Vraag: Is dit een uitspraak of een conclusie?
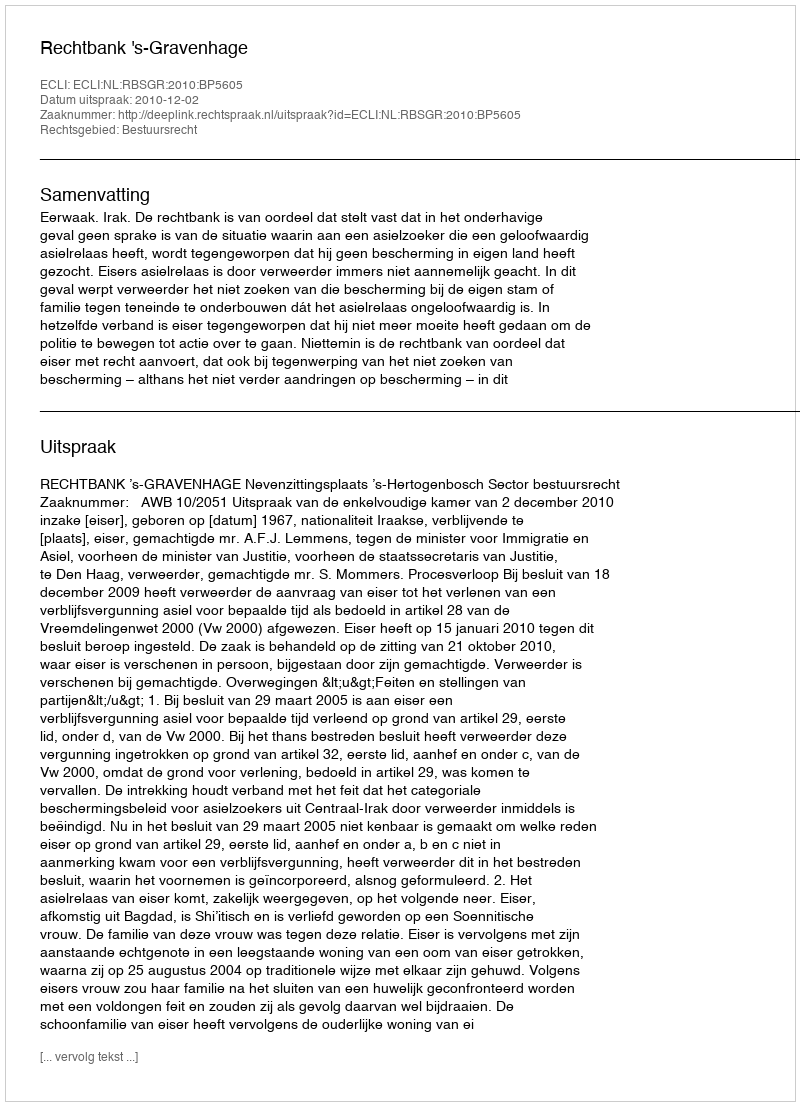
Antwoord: Uitspraak